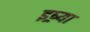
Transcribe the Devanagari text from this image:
इष्र्या